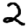
Digit: 2